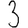
Digit: 3